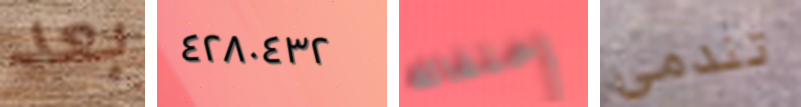
بعد ٤٢٨٠٤٣٢ إختفائه تندمي